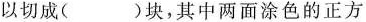
以切成( )块，其中两面涂色的正方